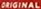
ORIGINAL